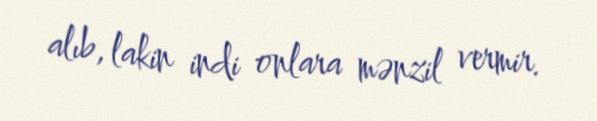
alıb, lakin indi onlara mənzil vermir.